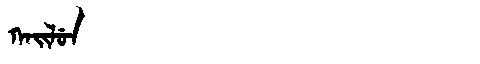
Manchu: ᡴᠠᡳᠯᡠᠨ
Romanization: KAILUN